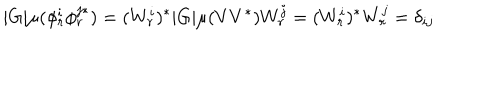
| G | \mu ( \phi _ { r } ^ { i } \phi _ { r } ^ { j * } ) = ( W _ { r } ^ { i } ) ^ { * } | G | \mu ( V V ^ { * } ) W _ { r } ^ { j } = ( W _ { r } ^ { i } ) ^ { * } W _ { r } ^ { j } = \delta _ { i j }